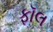
ફૉલ